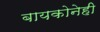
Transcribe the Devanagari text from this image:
बायकोनेही